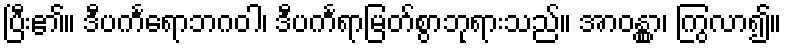
ပြီး၏။ ဒီပင်္ကရောဘဂဝါ၊ ဒီပင်္ကရာမြတ်စွာဘုရားသည်။ အာဝန္တွာ၊ ကြွလာ၍။